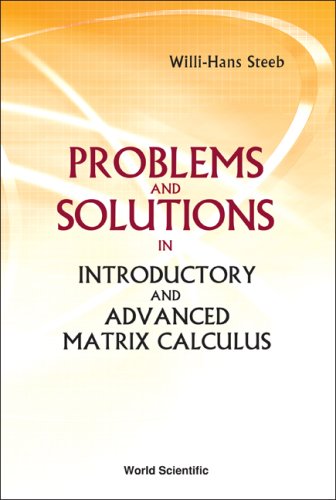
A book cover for Problems And Solutions in Introductory And Advanced Matrix Calculus; W. H. Steeb; Science & Math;